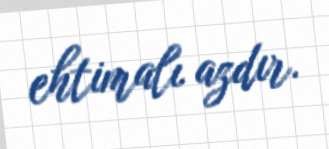
ehtimalı azdır.